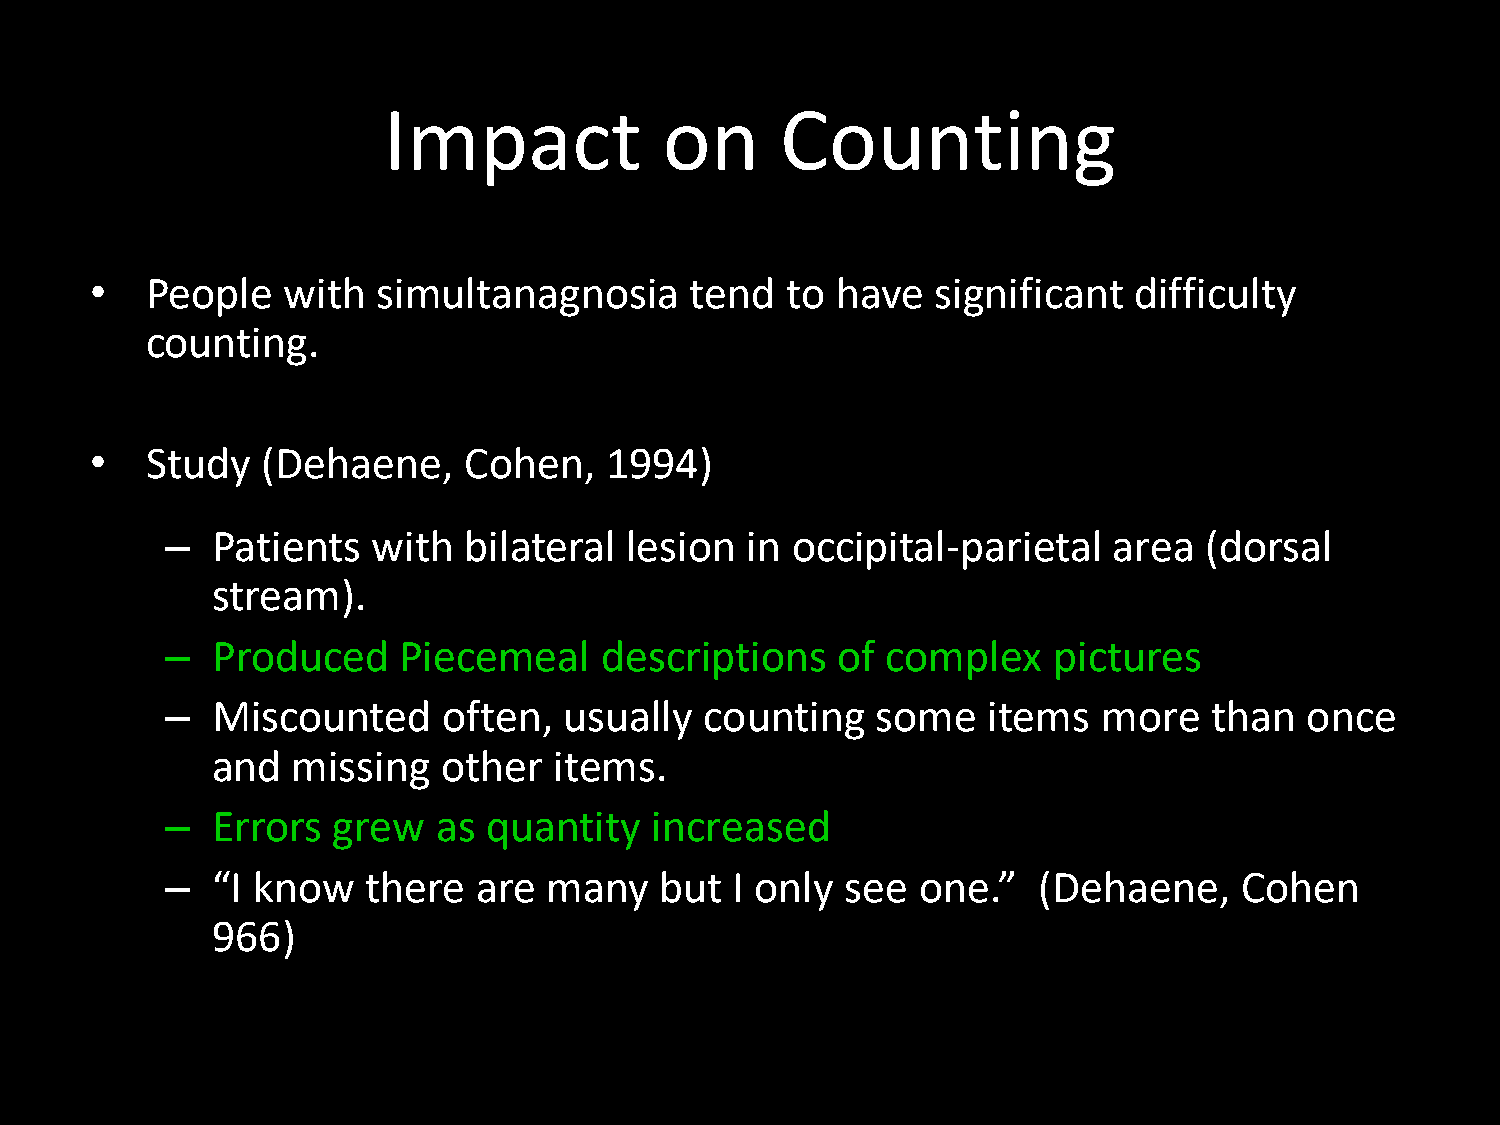
Impact             on      Counting
 People   with  simultanagnosia      tend  to have   significant  difficulty
 •
 counting.
 Study  (Dehaene,     Cohen,   1994)
 •
 Patients   with  bilateral lesion  in occipital-parietal    area  (dorsal
 –
 stream).
 Produced    Piecemeal     descriptions   of  complex    pictures
 –
 Miscounted     often,  usually   counting   some   items   more   than  once
 –
 and  missing   other   items.
 Errors  grew   as quantity   increased
 –
 –  “I know   there   are many    but  I only see  one.”   (Dehaene,    Cohen
 966)